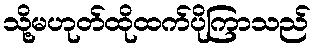
သို့မဟုတ်ထိုထက်ပိုကြာသည်